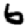
Digit: 6